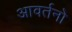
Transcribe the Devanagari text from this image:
आवर्तनो